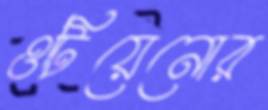
ওটিয়েনোর